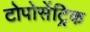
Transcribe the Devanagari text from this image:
टोपोसेंट्रिक